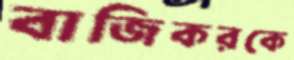
বাজিকরকে